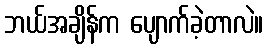
ဘယ်အချိန်က ပျောက်ခဲ့တာလဲ။